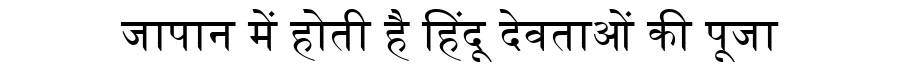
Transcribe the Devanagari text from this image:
जापान में होती है हिंदू देवताओं की पूजा